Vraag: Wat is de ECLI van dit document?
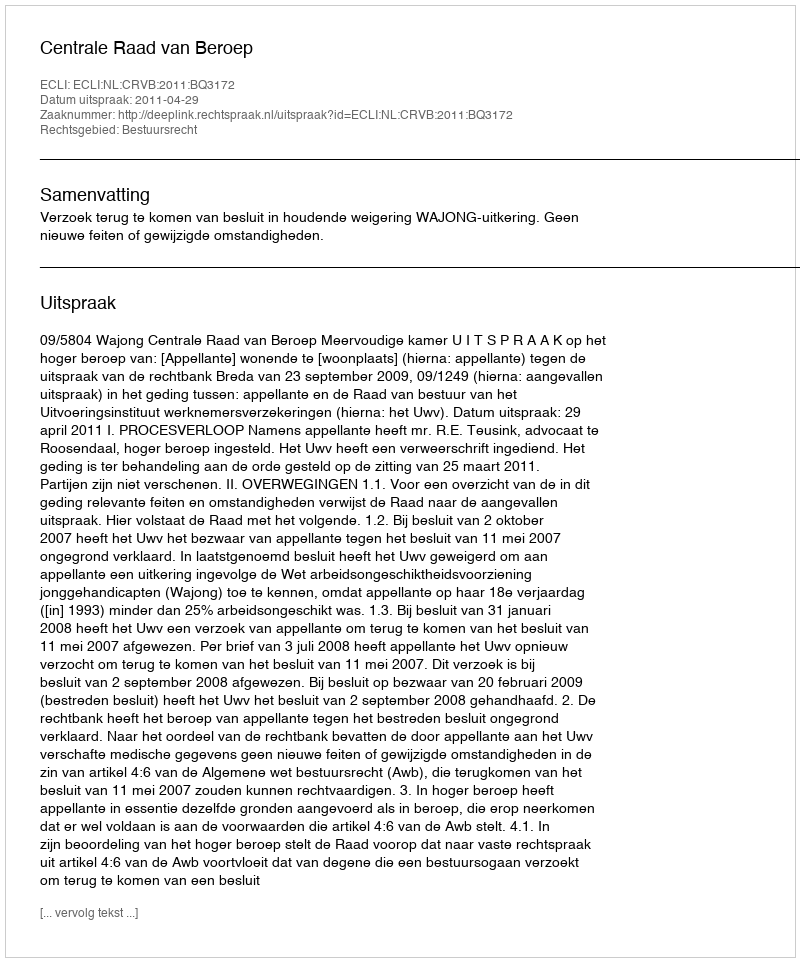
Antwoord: ECLI:NL:CRVB:2011:BQ3172